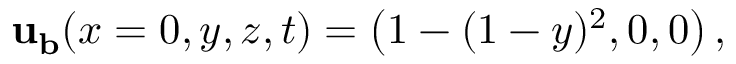
{ \bf u _ { b } } ( x = 0 , y , z , t ) = \left( 1 - ( 1 - y ) ^ { 2 } , 0 , 0 \right) ,